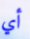
أي